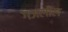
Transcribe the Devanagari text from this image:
गजलील